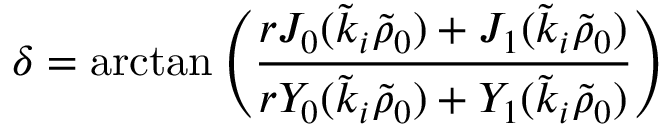
\delta = \arctan \left( \frac { r J _ { 0 } ( \tilde { k } _ { i } \tilde { \rho } _ { 0 } ) + J _ { 1 } ( \tilde { k } _ { i } \tilde { \rho } _ { 0 } ) } { r Y _ { 0 } ( \tilde { k } _ { i } \tilde { \rho } _ { 0 } ) + Y _ { 1 } ( \tilde { k } _ { i } \tilde { \rho } _ { 0 } ) } \right)